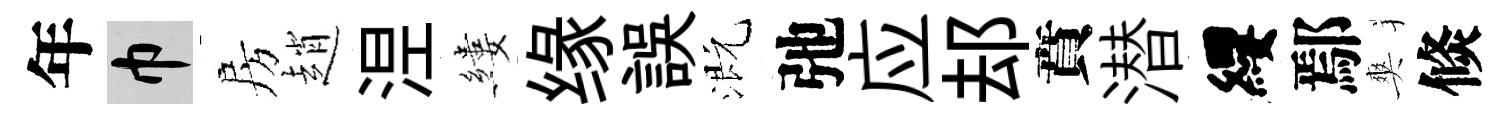
年巾房趙𣵀縷缘誤溉弛应𨚫賁潜纓鄢爽倐